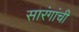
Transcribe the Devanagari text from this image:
सारंगांची